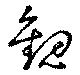
観